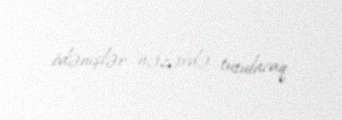
ödənişlər nəzərdə tutulacaq.